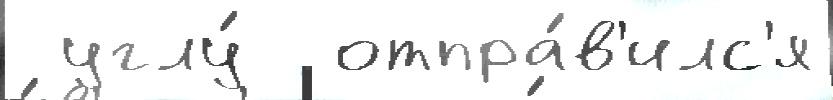
 углу́  отпра́в'илс'я